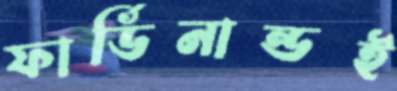
ফার্ডিনান্ডই